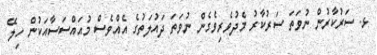
ޅ. ސަރުކާރުން ނުވަތަ ސަރުކާރު މެދުވެރިވެގެން ނުވަތަ ދައުލަތުގެ އެއްވެސް މުއައްސަސާއަކުން ހިލޭ